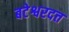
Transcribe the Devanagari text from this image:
बटेश्वरदत्त